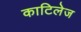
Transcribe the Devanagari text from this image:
काटिलेज